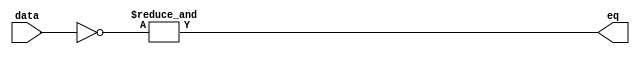
module AND16Low
(
	input [15:0]data,
	output eq
);

	wire [15:0]low;

	assign low = ~data;
	
	assign eq = &low;
	
endmodule